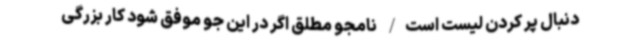
دنبال پر کردن لیست است/ نامجو مطلق اگر در این جو موفق شود کار بزرگی